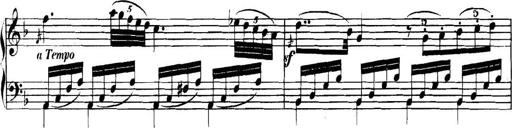
Title: Collected Piano Sonatas
Composer: Muzio Clementi